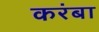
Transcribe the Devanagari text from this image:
करंबा